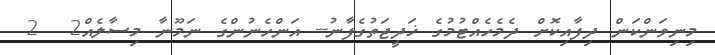
މިނިވަންކަން ދިފާއިކޮށް ދެމެހެއްޓުމުގެ ޚަދީޖަތުގެފާނު-- އަންހެނުންގެ ނަމޫނާ މިސާލެއް2  2